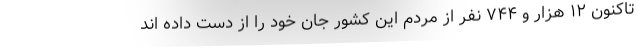
تاکنون ۱۲ هزار و ۷۴۴ نفر از مردم این کشور جان خود را از دست داده اند